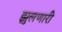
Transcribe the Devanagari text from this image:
झुलणारी